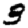
Digit: 3